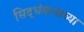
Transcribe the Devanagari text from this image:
सिद्धंकनाच्या